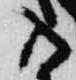
入